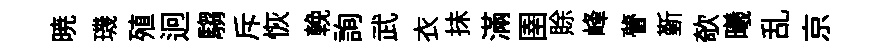
暁璣殖迥騶斥恢輓詢武衣抺滿圉賖峰瞢斳欹曦乱京